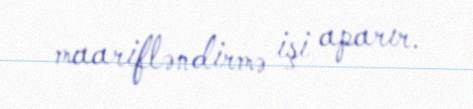
maarifləndirmə işi aparır.